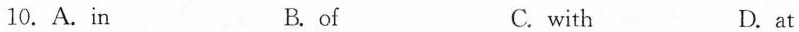
10.A.in B.of C. with D. at